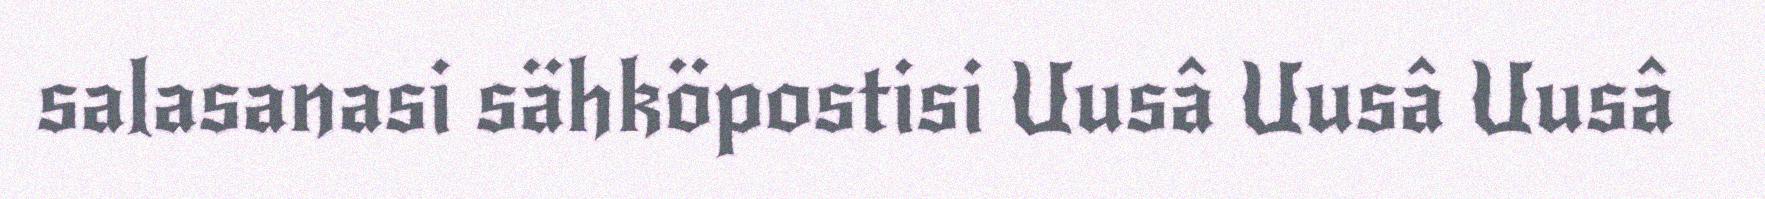
salasanasi sähköpostisi Uusâ Uusâ Uusâ